Source: Handwritten
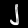
Digit: ၂ (2)